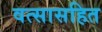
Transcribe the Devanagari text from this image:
वत्सासहित